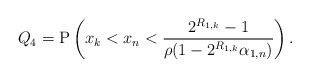
\begin{align*}Q_4& = \mathrm{P}\left( x_k<x_n<\frac{2^{R_{1,k}}-1}{\rho(1-2^{R_{1,k}}\alpha_{1,n})} \right) .\end{align*}